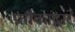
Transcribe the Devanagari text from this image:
प्रतीकांद्वारे